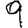
Digit: 9